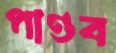
পাণ্ডব